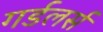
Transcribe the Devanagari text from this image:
गर्डलर्स